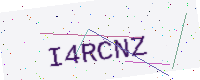
Text: I4RCNZ